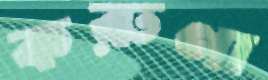
করুণা